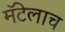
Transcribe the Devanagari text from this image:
मॅटेलाच